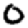
Digit: 0